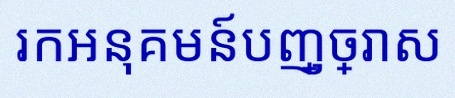
រកអនុគមន៍បញ្ច្រាស